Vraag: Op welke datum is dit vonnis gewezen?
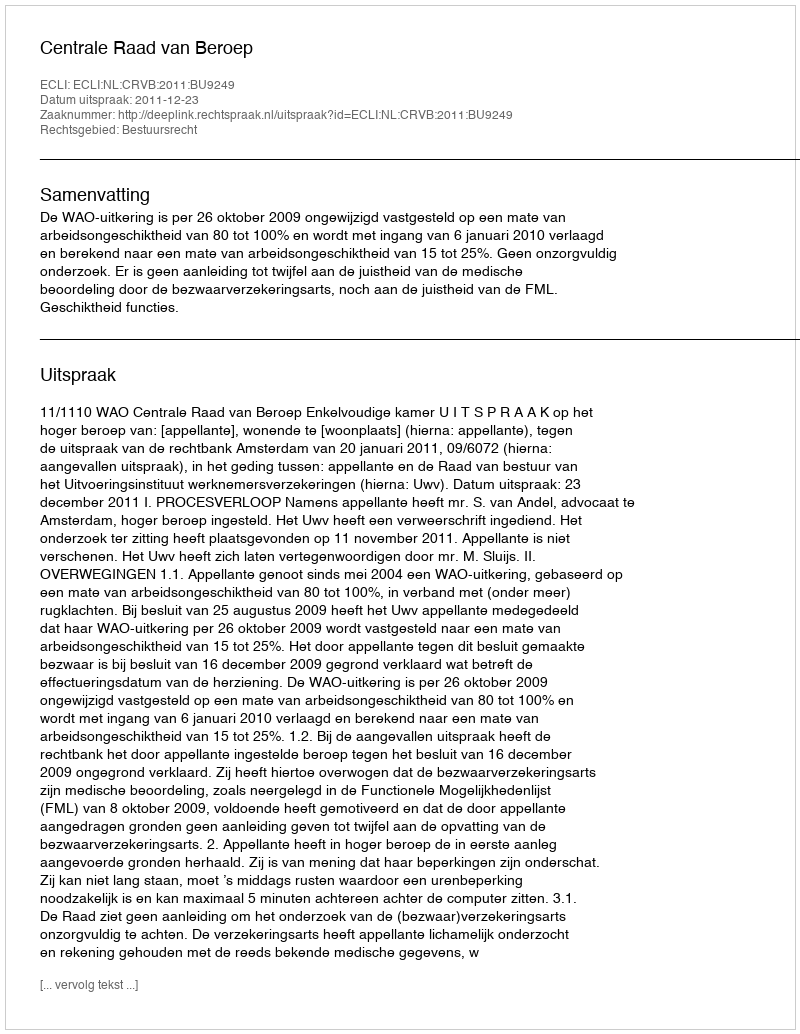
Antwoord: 2011-12-23